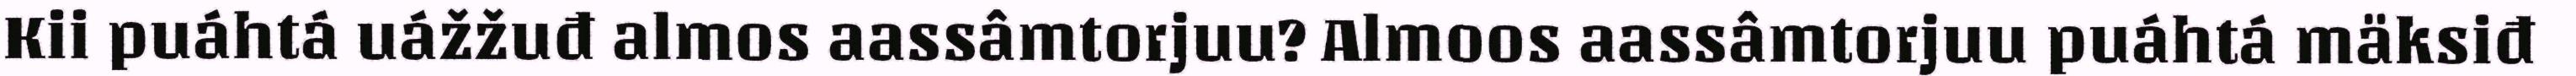
Kii puáhtá uážžuđ almos aassâmtorjuu? Almoos aassâmtorjuu puáhtá mäksiđ